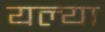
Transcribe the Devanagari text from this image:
यल्या